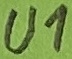
Text: U1